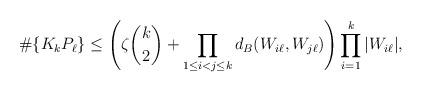
LaTeX: \begin{align*}\#\{K_kP_\ell\} \leq \left(\zeta \binom k2+\prod_{1 \leq i<j \leq k} d_B(W_{i\ell},W_{j \ell})\right) \prod_{i=1}^k |W_{i \ell}| ,\end{align*}